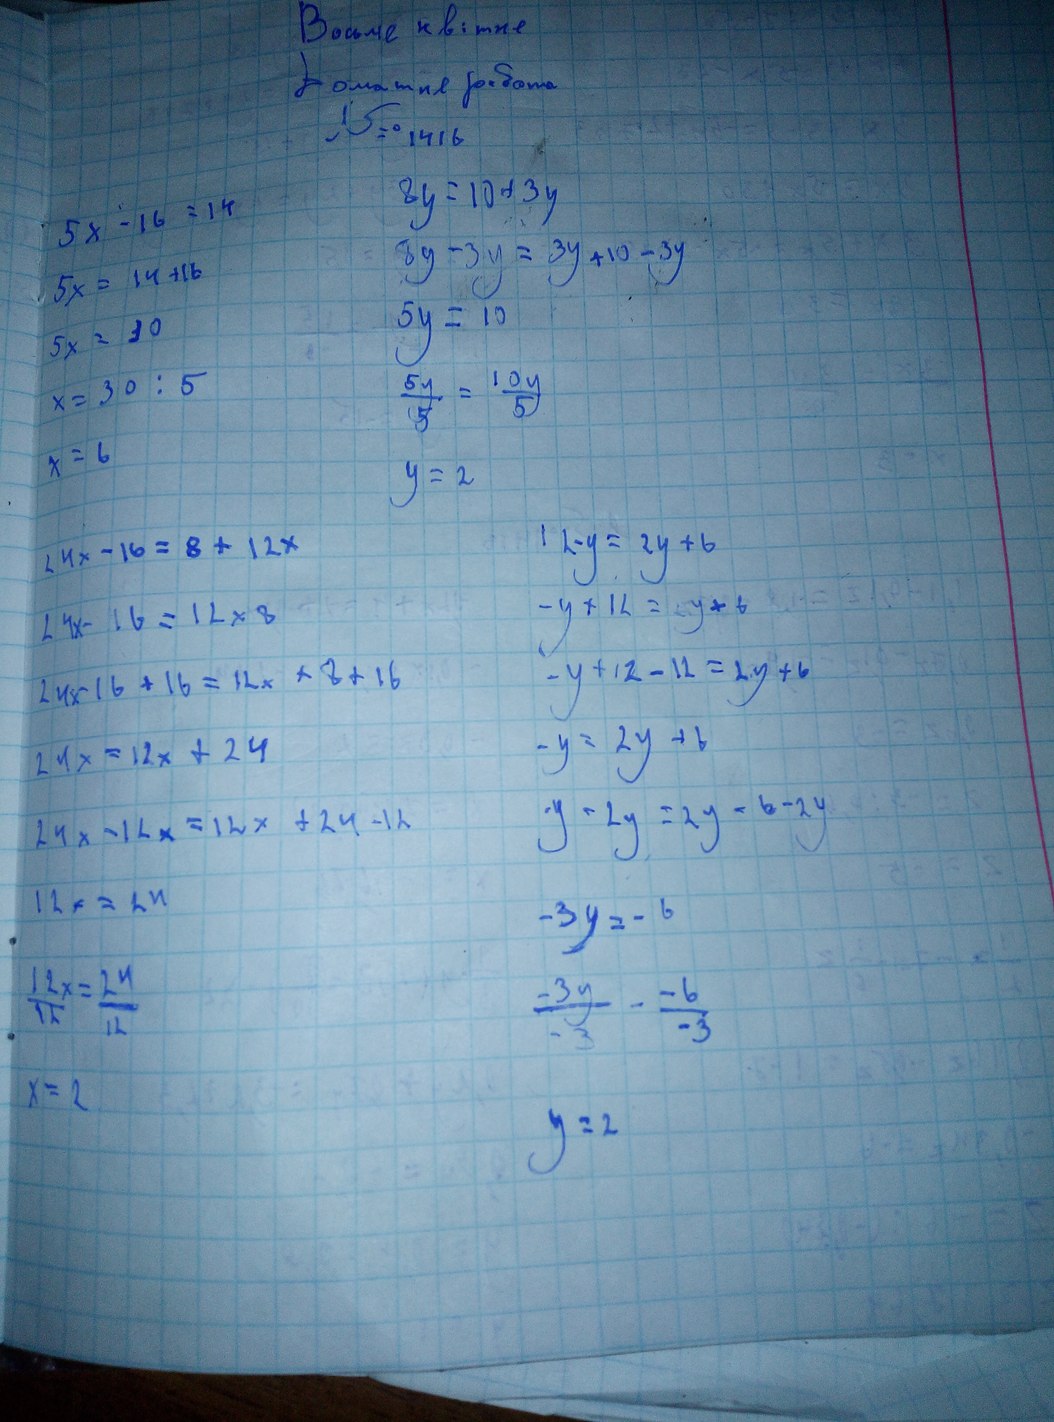
Восьме квітня
Домашня робота
№ 1418
8y = 10 + 3y
5x - 16 = 14
8y - 3y = 3y + 10 - 3y
5x = 14 + 16
5y = 10
5x = 30
5y / 5 = 10y / 5
x = 30 / 5
x = 6
y = 2
12 - y = 2y + 6
24x - 16 = 8 + 12x
- y + 12 = 2y + 6
24x - 16 = 12x + 8
- y + 12 - 12 = 2y + 6
24x - 16 + 16 = 12x + 8 + 16
- y = 2y + 6
24x = 12x + 24
- y - 2y = 2y + 6 - 2y
24x - 12x = 12x + 24 - 12
12x = 24
- 3y = - 6
12x / 12 = 24 / 12
-3y / -3 = -6 / -3
x = 2
y = 2